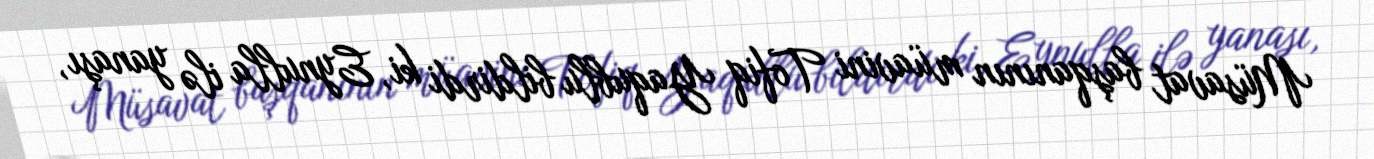
Müsavat başqanının müavini Tofiq Yaqublu bildirdi ki, Eynulla ilə yanaşı,